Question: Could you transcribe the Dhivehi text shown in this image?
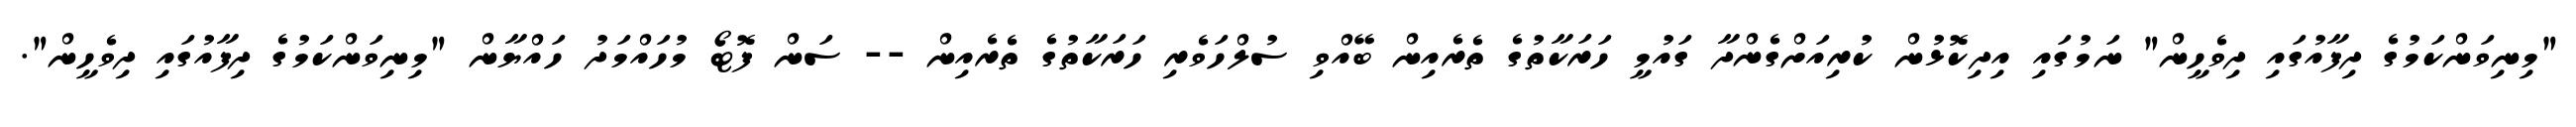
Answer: "މިނިވަންކަމުގެ ދިފާއުގައި ދިވެހީން" ނަމުގައި އިދިކޮޅުން ކުރިއަށްގެންދާ ގައުމީ ހަރަކާތުގެ ތެރެއިން ބޭއްވި ސުލްހަވެރި ހަރަކާތުގެ ތެރެއިން -- ސަން ފޮޓޯ މުހައްމަދު ހައްޔާން "މިނިވަންކަމުގެ ދިފާއުގައި ދިވެހީން".